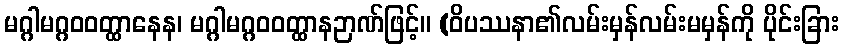
မဂ္ဂါမဂ္ဂဝဝတ္ထာနေန၊ မဂ္ဂါမဂ္ဂဝဝတ္ထာနဉာဏ်ဖြင့်။ (ဝိပဿနာ၏လမ်းမှန်လမ်းမမှန်ကို ပိုင်းခြား